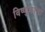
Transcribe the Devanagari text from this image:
विष्णुक्रांता